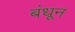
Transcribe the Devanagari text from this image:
बंधून